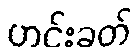
ဟင်းခတ်